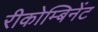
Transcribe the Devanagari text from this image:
रीकोम्बिनेंट